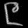
Digit: ၉